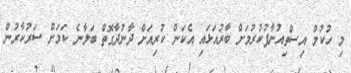
މި ހުކުމް އިސްތިއުނާފުކުރުމަށް ބާރުއަޅައި އެކަން ކުރިއަށް ދާނުދާގޮތް ބަލާނެ ކަމަށް ސަރުކާރުން